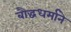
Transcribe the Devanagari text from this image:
बौद्धधर्माने